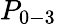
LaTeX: P_{0-3}